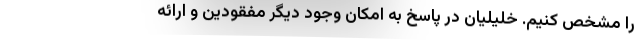
را مشخص کنیم. خلیلیان در پاسخ به امکان وجود دیگر مفقودین و ارائه